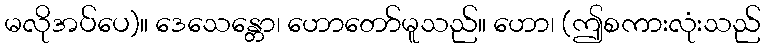
မလိုအပ်ပေ)။ ဒေသေန္တော၊ ဟောတော်မူသည်။ ဟော၊ (ဤစကားလုံးသည်